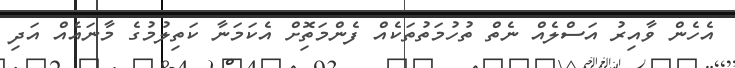
އެހެން ވާއިރު އަސްލެއް ނެތް ތުހުމަތުތަކެއް ފެންމަތިޮށް އެކަމަނާ ކަތިލުމުގެ މާނައެއް އަދި